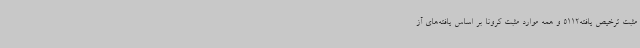
مثبت ترخیص ‌یافته5112 و همه موارد مثبت کرونا بر اساس یافته‌های آز